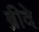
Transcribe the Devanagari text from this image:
ब्रीदे